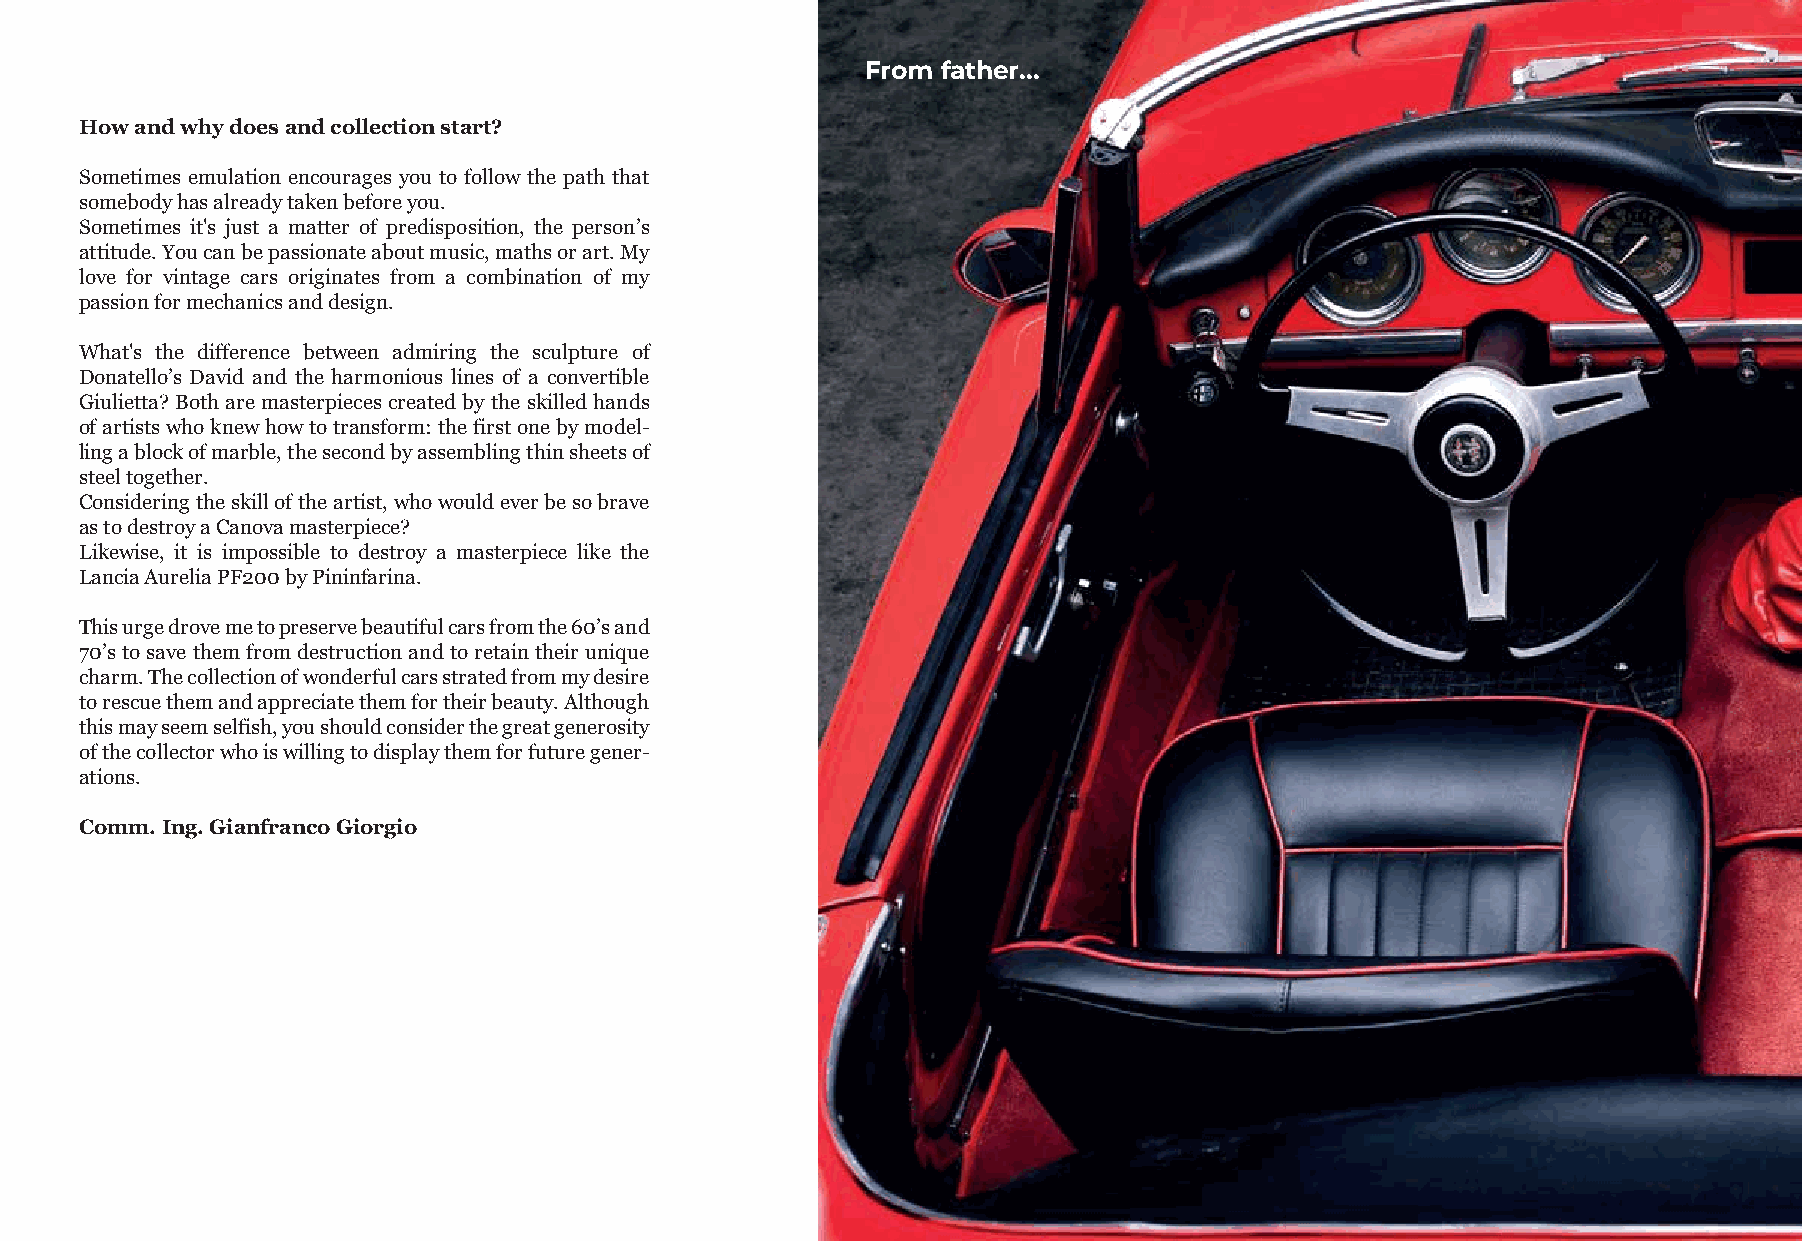
From father...
 How and why does and collection start?
 Sometimes emulation encourages you to follow the path that
 somebody has already taken before you.
 Sometimes it's just a matter of predisposition, the person’s
 attitude. You can be passionate about music, maths or art. My
 love for vintage cars originates from a combination of my
 passion for mechanics and design.
 What's the difference between admiring the sculpture of
 Donatello’s David and the harmonious lines of a convertible
 Giulietta? Both are masterpieces created by the skilled hands
 of artists who knew how to transform: the first one by model-
 ling a block of marble, the second by assembling thin sheets of
 steel together.
 Considering the skill of the artist, who would ever be so brave
 as to destroy a Canova masterpiece?
 Likewise, it is impossible to destroy a masterpiece like the
 Lancia Aurelia PF200 by Pininfarina.
 This urge drove me to preserve beautiful cars from the 60’s and
 70’s to save them from destruction and to retain their unique
 charm. The collection of wonderful cars strated from my desire
 to rescue them and appreciate them for their beauty. Although
 this may seem selfish, you should consider the great generosity
 of the collector who is willing to display them for future gener-
 ations.
 Comm. Ing. Gianfranco Giorgio